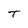
Character: T